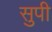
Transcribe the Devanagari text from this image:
सुपी